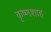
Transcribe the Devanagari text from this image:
कृष्णशाह